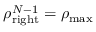
\rho _ { \mathrm { r i g h t } } ^ { N - 1 } = \rho _ { \mathrm { m a x } }